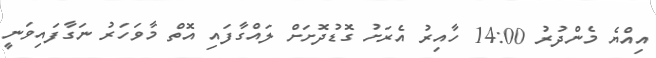
އިއްޔެ މެންދުރު 14:00 ހާއިރު އެރަށު ގޮޑުދޮށަށް ލައްގާފައި އޮތް މާވަހަރު ނަގާފައިވަނީ